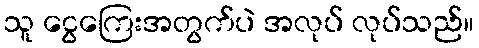
သူ ငွေကြေးအတွက်ပဲ အလုပ် လုပ်သည်။